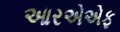
આરએએફ